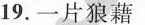
19.一片狼藉